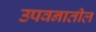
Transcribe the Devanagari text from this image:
उपवनातील